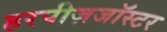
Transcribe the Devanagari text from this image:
हरपीज़जॉस्टर